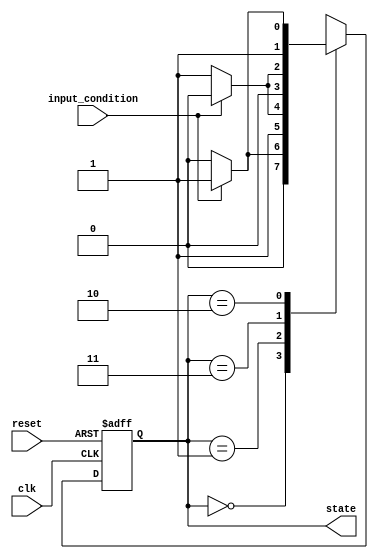
module gray_code_state_machine (
    input wire clk,
    input wire reset,
    input wire input_condition,
    output reg [1:0] state
);

parameter S0 = 2'b00;
parameter S1 = 2'b01;
parameter S2 = 2'b11;
parameter S3 = 2'b10;

always @(posedge clk or posedge reset) begin
    if (reset) begin
        state <= S0;
    end else begin
        case (state)
            S0: begin
                if (input_condition) begin
                    state <= S1;
                end else begin
                    state <= S0;
                end
            end
            S1: begin
                if (input_condition) begin
                    state <= S3;
                end else begin
                    state <= S2;
                end
            end
            S2: begin
                if (input_condition) begin
                    state <= S0;
                end else begin
                    state <= S1;
                end
            end
            S3: begin
                if (input_condition) begin
                    state <= S2;
                end else begin
                    state <= S3;
                end
            end
        endcase
    end
end

endmodule